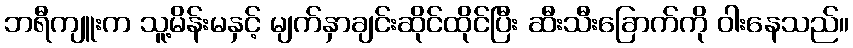
ဘရီကျူးက သူ့မိန်းမနှင့် မျက်နှာချင်းဆိုင်ထိုင်ပြီး ဆီးသီးခြောက်ကို ဝါးနေသည်။